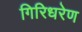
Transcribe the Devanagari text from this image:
गिरिधरेण